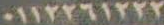
٠١١٢٢٦١٢٢٢